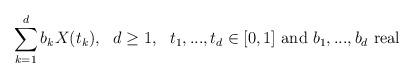
LaTeX: \begin{align*}\sum_{k=1}^d b_kX(t_k),\ \ d\geq 1,\ \ t_1,...,t_d \in [0,1]\ \textrm{and}\ b_1,...,b_d\ \textrm{real}\end{align*}